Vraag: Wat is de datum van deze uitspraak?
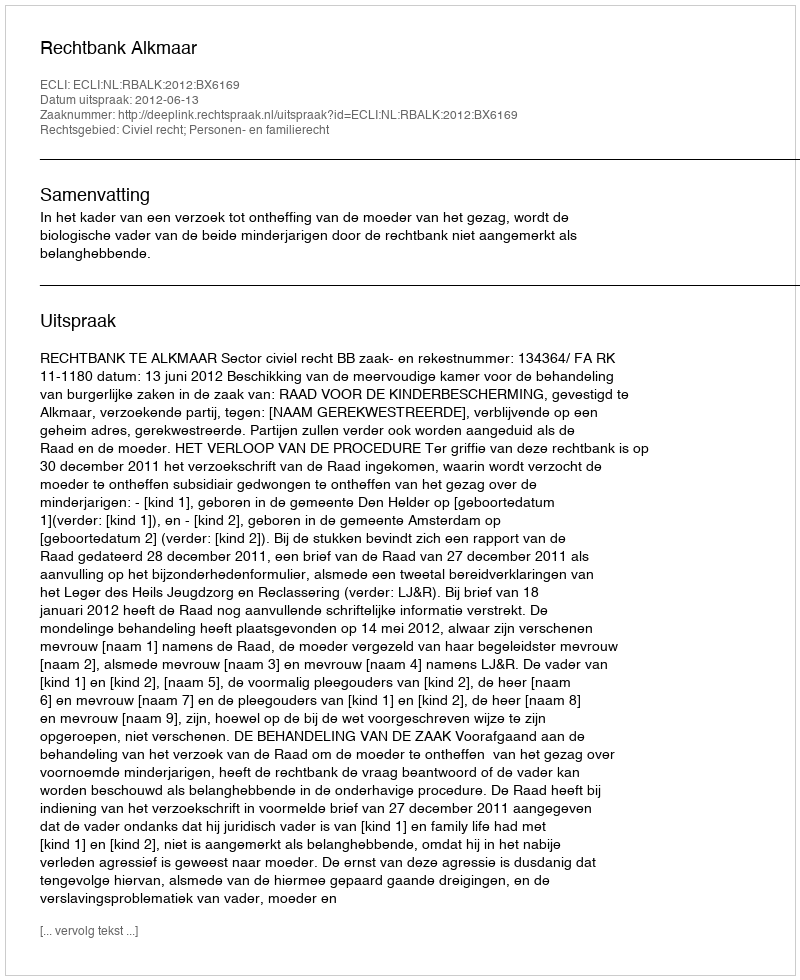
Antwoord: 2012-06-13